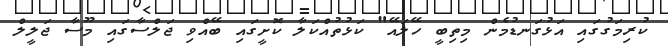
ކުރިމަގުގައި އަޅުގަނޑުމެން މިތިބީ ހޭލައޭ" ކަޅުތުއްކަލާ ކޮށީގައި ބޭއްވި ޖަލްސާގައި މޫސާ ޖަލީލް